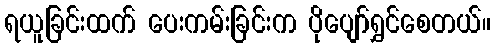
ရယူခြင်းထက် ပေးကမ်းခြင်းက ပိုပျော်ရွှင်စေတယ်။